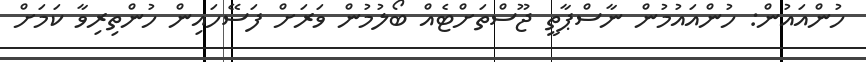
ހުންއައުން: ހުންއައުމުން ނާސްޕާތީ ޖޫސްތަށްޓެއް ބޯލުމުން ވަރަށް ފަސޭހައިން ހުންތިރިވާ ކަމަށް